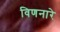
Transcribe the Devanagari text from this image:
विणनारे